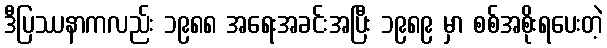
ဒီပြဿနာကလည်း ၁၉၈၈ အရေးအခင်းအပြီး ၁၉၈၉ မှာ စစ်အစိုးရပေးတဲ့